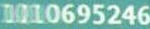
1010695246